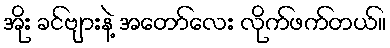
အိုး ခင်ဗျားနဲ့ အတော်လေး လိုက်ဖက်တယ်။